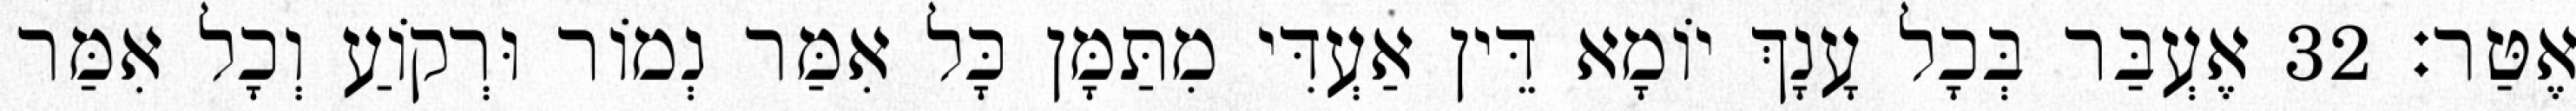
אֶטַּר׃ 32 אֶעְבַּר בְּכָל עָנָךְ יוֹמָא דֵּין אַעְדִּי מִתַּמָּן כָּל אִמַּר נְמוֹר וּרְקוֹעַ וְכָל אִמַּר